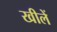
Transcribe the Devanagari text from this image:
खीलें